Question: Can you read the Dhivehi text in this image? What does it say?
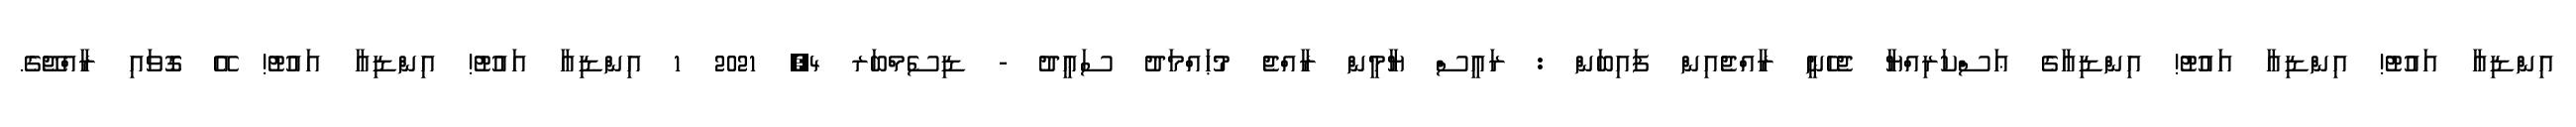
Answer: އިންޑިއާ އައުޓު! އިންޑިއާ އައުޓު! އިންޑިއާގެ ޢަސްކަރިއްޔާ ޖެހެނީ ރާއްޖެއިން ފައިބަން : ރައީސް ޔާމީން ރާއްޖެ މުޙައްމަދު ސަޢީދު - ޑިސެމްބަރ 4, 2021 1 އިންޑިއާ އައުޓު! އިންޑިއާ އައުޓު! އޭ ގޮވައި ރާއްޖޭގެ.